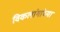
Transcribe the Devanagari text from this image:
विकलांगांच्या